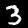
Digit: 3